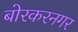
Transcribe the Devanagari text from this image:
बोरकरनगर